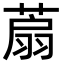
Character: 𦶋